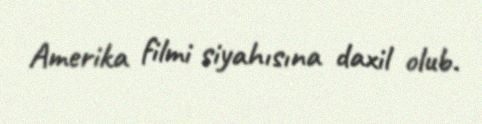
Amerika filmi siyahısına daxil olub.